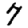
Digit: 7